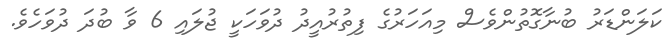
ކަލަންޑަރު ބުނާގޮތުންވެސް މިއަހަރުގެ ފިތުރުއީދު ދުވަހަކީ ޖުލައި 6 ވާ ބުދަ ދުވަހެވެ.